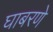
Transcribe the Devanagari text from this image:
घाबरणे